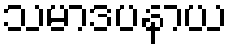
သမာဒပနာယ